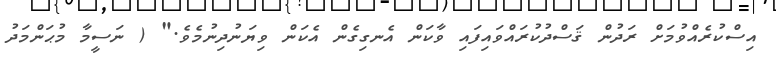
އިސްކުރެއްވުމަށް ރަދުން ޤަސްދުކުރައްވައިފައި ވާކަން އެނގިގެން އެކަން ވިޔަނުދިނުމެވެ." ( ނަސީމާ މުޙަންމަދު